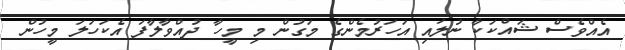
އެއްވެސް ޝައްކަކާ ނުލައި އަހަރުމެންގެ މަގުން މި މީހާ ދުއްވާލާފަ އެކަހަލަ މީހުން